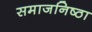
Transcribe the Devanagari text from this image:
समाजनिष्ठा